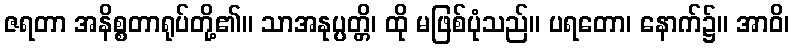
ဇရတာ အနိစ္စတာရုပ်တို့၏။ သာအနုပ္ပတ္တိ၊ ထို မဖြစ်ပုံသည်။ ပရတော၊ နောက်၌။ အာဝိ၊